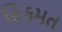
હિકમત